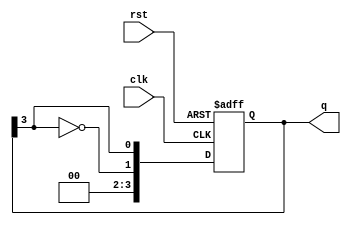
module johnson_counter #(
    parameter N = 4  // Number of flip-flops (should be even)
) (
    input wire clk,   // Clock input
    input wire rst,   // Reset input
    output reg [N-1:0] q  // Output state of the counter
);

    // Always block for synchronous reset and counting
    always @(posedge clk or posedge rst) begin
        if (rst) begin
            // Reset the counter to all zeros
            q <= 0;
        end else begin
            // Johnson counter logic: shift right and feed back inverted last bit
            q <= {~q[N-1], q[N-1:N-1]}; // Shift and feedback inverted last bit
        end
    end

endmodule